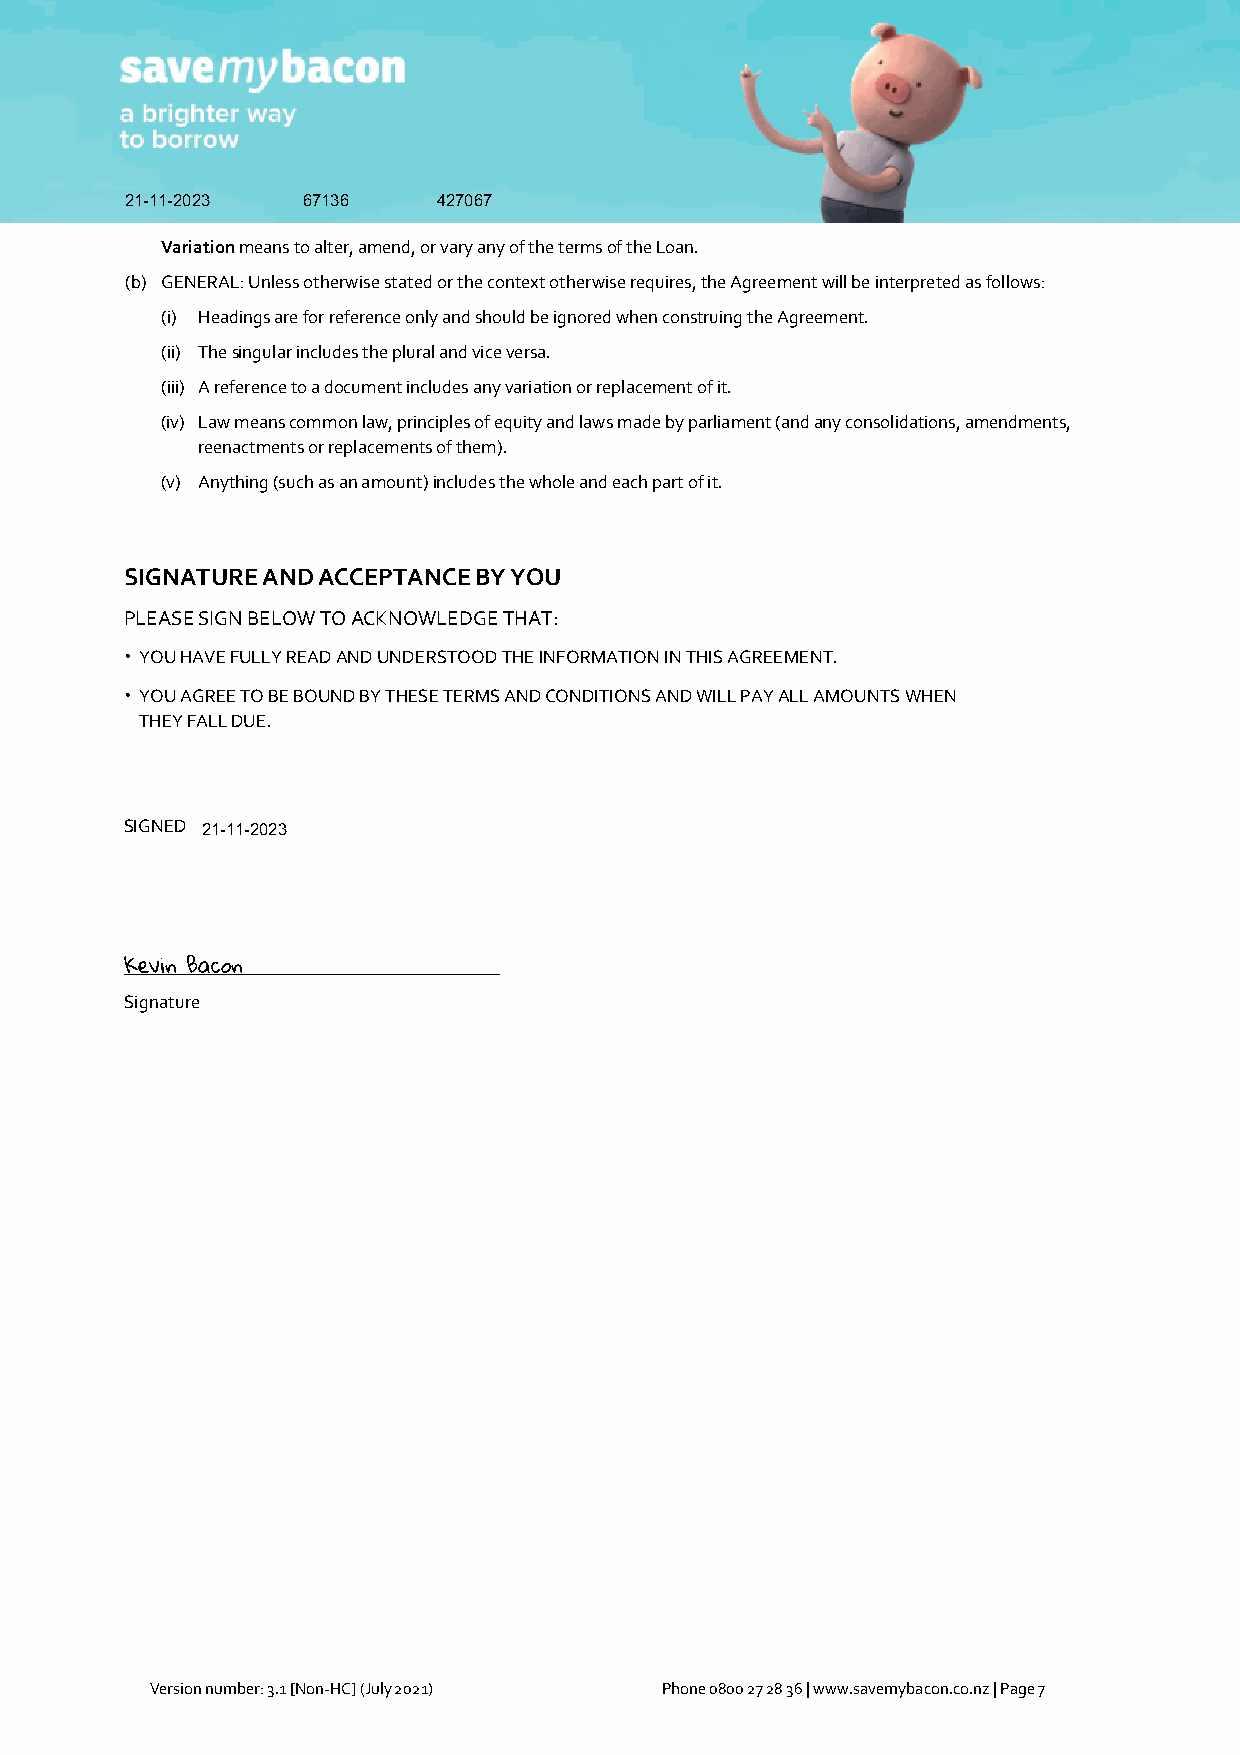
21-11-2023  67136    427067
 Variation means to alter, amend, or vary any of the terms of the Loan.
 (b) GENERAL: Unless otherwise stated or the context otherwise requires, the Agreement will be interpreted as follows:
 (i) Headings are for reference only and should be ignored when construing the Agreement.
 (ii) The singular includes the plural and vice versa.
 (iii) A reference to a document includes any variation or replacement of it.
 (iv) Law means common law, principles of equity and laws made by parliament (and any consolidations, amendments,
 reenactments or replacements of them).
 (v) Anything (such as an amount) includes the whole and each part of it.
 SIGNATURE AND ACCEPTANCE BY YOU
 PLEASE SIGN BELOW TO ACKNOWLEDGE THAT:
 • YOU HAVE FULLY READ AND UNDERSTOOD THE INFORMATION IN THIS AGREEMENT.
 • YOU AGREE TO BE BOUND BY THESE TERMS AND CONDITIONS AND WILL PAY ALL AMOUNTS WHEN
 THEY FALL DUE.
 SIGNED 21-11-2023
 ***********
 Signature
 Version number: 3.1 [Non-HC] (July 2021) Phone 0800 27 28 36 | www.savemybacon.co.nz | Page 7